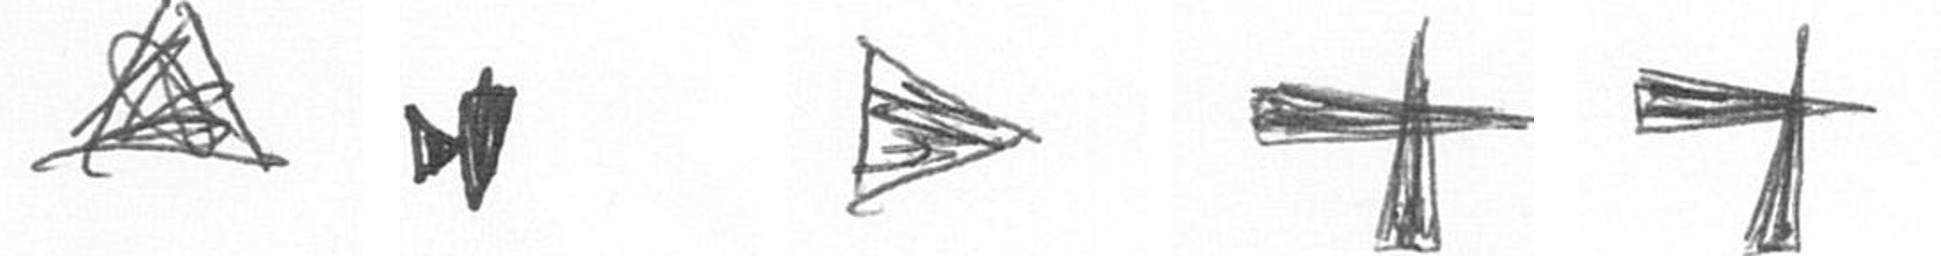
O M T G G